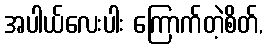
အပါယ်လေးပါး ကြောက်တဲ့စိတ်,